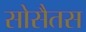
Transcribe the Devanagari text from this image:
सोसैतस